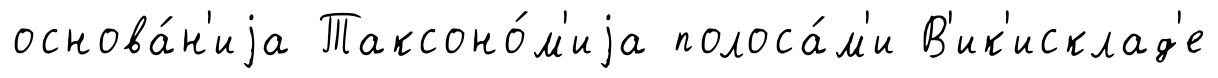
основа́н'иjа Таксоно́м'иjа полоса́м'и В'ик'исклад'е